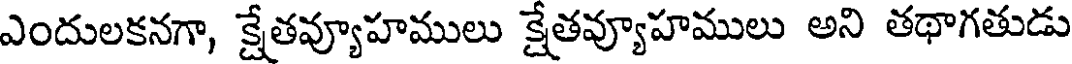
ఎందులకనగా, క్షేతవ్యూహములు క్షేతవ్యూహములు అని తథాగతుడు